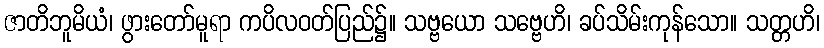
ဇာတိဘူမိယံ၊ ဖွားတော်မူရာ ကပိလဝတ်ပြည်၌။ သဗ္ဗယော သဗ္ဗေဟိ၊ ခပ်သိမ်းကုန်သော။ သတ္တဟိ၊